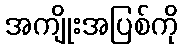
အကျိုးအပြစ်ကို